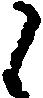
候